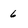
Character: 6